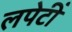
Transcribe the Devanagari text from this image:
लपेटीं